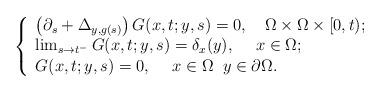
LaTeX: \begin{align*}\left\{\begin{array}{ll}\left(\partial_s+\Delta_{y,g(s)}\right)G(x,t;y,s)=0,\quad\Omega\times \Omega\times [0,t);\\\lim_{s\to t^-} G(x,t;y,s)=\delta_x(y), \quad\; x\in \Omega;\\G(x,t;y,s)=0, \quad\; x\in \Omega\; \; y\in \partial\Omega.\end{array}\right.\end{align*}